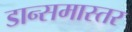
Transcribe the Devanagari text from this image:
डान्समास्तर